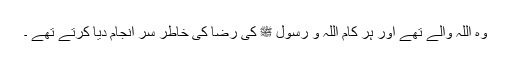
وہ اللہ والے تھے اور ہر کام اللہ و رسول ﷺ کی رضا کی خاطر سر انجام دیا کرتے تھے ۔